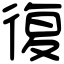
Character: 復